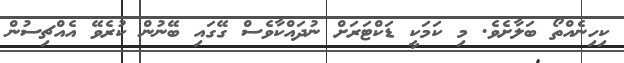
ކިހިނެއްތޯ ބަލާށެވެ. މި ކަމަކީ ޑަކްޓަރަށް ނުދައްކާވެސް ގޭގައި ބޭނުން ކުރެވޭ އެއްޗިސުން